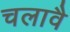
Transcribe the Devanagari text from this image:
चलावै